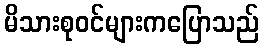
မိသားစုဝင်များကပြောသည်